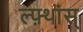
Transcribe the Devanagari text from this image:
ल्फ़्थांस्